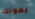
يفوتك